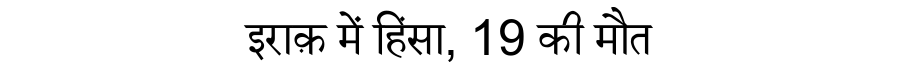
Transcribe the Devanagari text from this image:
इराक़ में हिंसा, 19 की मौत